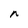
Character: n